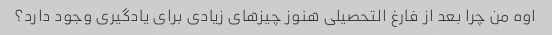
اوه من چرا بعد از فارغ التحصیلی هنوز چیزهای زیادی برای یادگیری وجود دارد؟